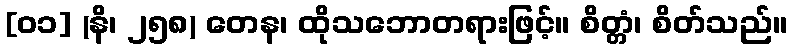
[၀၁] (နိ၊ ၂၅၈) တေန၊ ထိုသဘောတရားဖြင့်။ စိတ္တံ၊ စိတ်သည်။